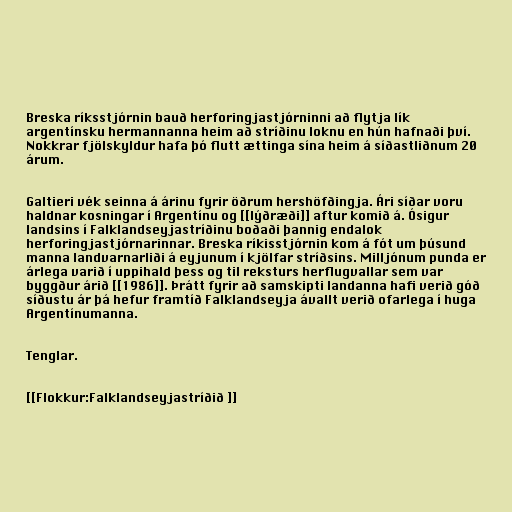
Breska ríksstjórnin bauð herforingjastjórninni að flytja lík
argentínsku hermannanna heim að stríðinu loknu en hún hafnaði því.
Nokkrar fjölskyldur hafa þó flutt ættinga sína heim á síðastliðnum 20
árum.

Galtieri vék seinna á árinu fyrir öðrum hershöfðingja. Ári síðar voru
haldnar kosningar í Argentínu og [[lýðræði]] aftur komið á. Ósigur
landsins í Falklandseyjastríðinu boðaði þannig endalok
herforingjastjórnarinnar. Breska ríkisstjórnin kom á fót um þúsund
manna landvarnarliði á eyjunum í kjölfar stríðsins. Milljónum punda er
árlega varið í uppihald þess og til reksturs herflugvallar sem var
byggður árið [[1986]]. Þrátt fyrir að samskipti landanna hafi verið góð
síðustu ár þá hefur framtíð Falklandseyja ávallt verið ofarlega í huga
Argentínumanna.

Tenglar.

[[Flokkur:Falklandseyjastríðið ]]